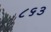
૮૬૩